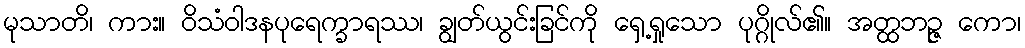
မုသာတိ၊ ကား။ ဝိသံဝါဒနပုရေက္ခာရဿ၊ ချွတ်ယွင်းခြင်ကို ရှေ့ရှုသော ပုဂ္ဂိုလ်၏။ အတ္ထဘဉ္ဇ ကော၊